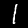
Digit: 1